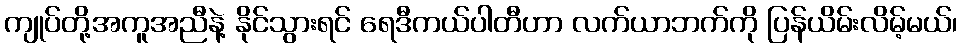
ကျုပ်တို့အကူအညီနဲ့ နိုင်သွားရင် ရေဒီကယ်ပါတီဟာ လက်ယာဘက်ကို ပြန်ယိမ်းလိမ့်မယ်၊